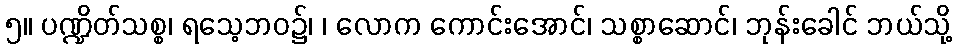
၅။ ပဏ္ဍိတ်သစ္စ၊ ရသေ့ဘဝ၌၊ ၊ လောက ကောင်းအောင်၊ သစ္စာဆောင်၊ ဘုန်းခေါင် ဘယ်သို့